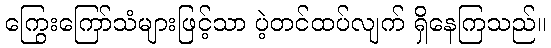
ကြွေးကြော်သံများဖြင့်သာ ပဲ့တင်ထပ်လျက် ရှိနေကြသည်။